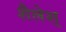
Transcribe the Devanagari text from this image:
शैलेश्